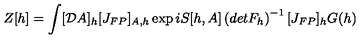
Z [ h ] = \int [ { \cal D } A ] _ { h } [ J _ { F P } ] _ { A , h } \exp i S [ h , A ] \left( d e t F _ { h } \right) ^ { - 1 } [ J _ { F P } ] _ { h } G ( h ) \,